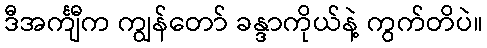
ဒီအင်္ကျီက ကျွန်တော် ခန္ဒာကိုယ်နဲ့ ကွက်တိပဲ။